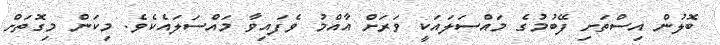
ބޮލުން އިސްތަށި ފޭބުމުގެ މައްސަލައަކީ ވަރަށް އާއްމު ވެފައިވާ މައްސަލައެކެވެ. މިކަން މިގޮތަށް